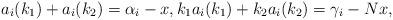
LaTeX: \begin{align*}a_i(k_1)+a_i(k_2)=\alpha_i-x,k_1a_i(k_1)+k_2a_i(k_2)=\gamma_i-Nx,\end{align*}